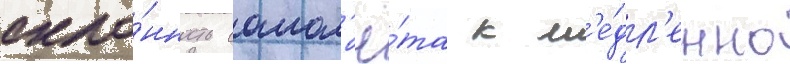
скло́нность самол'ё́та к м'е́дл'енно